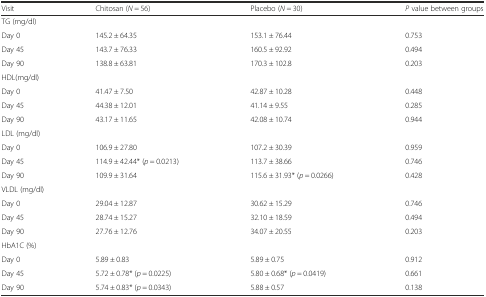
<table><thead><tr><td><b>Visit</b></td><td><b>Chitosan (<i>N</i> = 56)</b></td><td><b>Placebo (<i>N</i> = 30)</b></td><td><b><i>P</i> value between groups</b></td></tr></thead><tbody><tr><td colspan="4">TG (mg/dl)</td></tr><tr><td>Day 0</td><td>145.2 ± 64.35</td><td>153.1 ± 76.44</td><td>0.753</td></tr><tr><td>Day 45</td><td>143.7 ± 76.33</td><td>160.5 ± 92.92</td><td>0.494</td></tr><tr><td>Day 90</td><td>138.8 ± 63.81</td><td>170.3 ± 102.8</td><td>0.203</td></tr><tr><td colspan="4">HDL(mg/dl)</td></tr><tr><td>Day 0</td><td>41.47 ± 7.50</td><td>42.87 ± 10.28</td><td>0.448</td></tr><tr><td>Day 45</td><td>44.38 ± 12.01</td><td>41.14 ± 9.55</td><td>0.285</td></tr><tr><td>Day 90</td><td>43.17 ± 11.65</td><td>42.08 ± 10.74</td><td>0.944</td></tr><tr><td colspan="4">LDL (mg/dl)</td></tr><tr><td>Day 0</td><td>106.9 ± 27.80</td><td>107.2 ± 30.39</td><td>0.959</td></tr><tr><td>Day 45</td><td>114.9 ± 42.44* (<i>p</i> = 0.0213)</td><td>113.7 ± 38.66</td><td>0.746</td></tr><tr><td>Day 90</td><td>109.9 ± 31.64</td><td>115.6 ± 31.93* (<i>p</i> = 0.0266)</td><td>0.428</td></tr><tr><td colspan="4">VLDL (mg/dl)</td></tr><tr><td>Day 0</td><td>29.04 ± 12.87</td><td>30.62 ± 15.29</td><td>0.746</td></tr><tr><td>Day 45</td><td>28.74 ± 15.27</td><td>32.10 ± 18.59</td><td>0.494</td></tr><tr><td>Day 90</td><td>27.76 ± 12.76</td><td>34.07 ± 20.55</td><td>0.203</td></tr><tr><td colspan="4">HbA1C (%)</td></tr><tr><td>Day 0</td><td>5.89 ± 0.83</td><td>5.89 ± 0.75</td><td>0.912</td></tr><tr><td>Day 45</td><td>5.72 ± 0.78* (<i>p</i> = 0.0225)</td><td>5.80 ± 0.68* (<i>p</i> = 0.0419)</td><td>0.661</td></tr><tr><td>Day 90</td><td>5.74 ± 0.83* (<i>p</i> = 0.0343)</td><td>5.88 ± 0.57</td><td>0.138</td></tr></tbody></table>